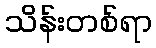
သိန်းတစ်ရာ